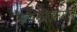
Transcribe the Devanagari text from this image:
स्तवनमिदममोघं